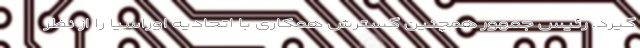
گیرد. رئیس جمهور همچنین گسترش همکاری با اتحادیه اوراسیا را از نظر